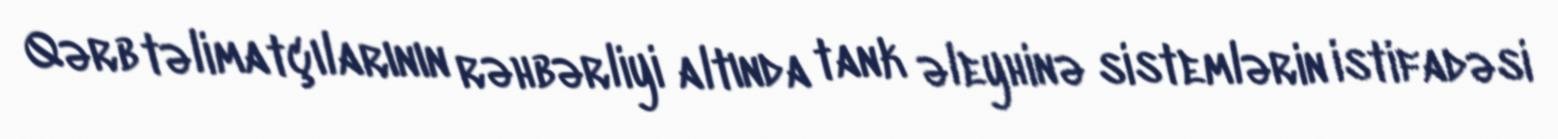
Qərb təlimatçılarının rəhbərliyi altında tank əleyhinə sistemlərin istifadəsi